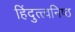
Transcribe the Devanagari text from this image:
हिंदुत्त्वनिष्ठ